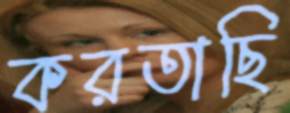
করতাছি